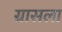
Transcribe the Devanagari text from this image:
ग्रासला